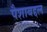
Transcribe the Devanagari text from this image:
पैशाबद्दल